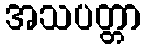
အသပတ္တာ